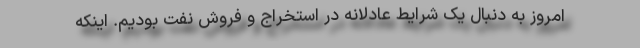
امروز به دنبال یک شرایط عادلانه در استخراج و فروش نفت بودیم. اینکه